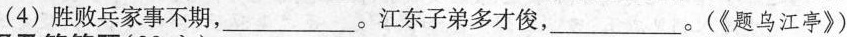
(4)胜败兵家事不期，___。江东子弟多才俊___。(《题乌江亭》)